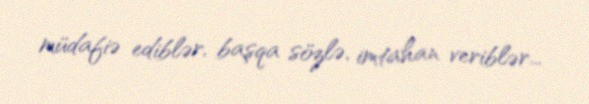
müdafiə ediblər, başqa sözlə, imtahan veriblər...